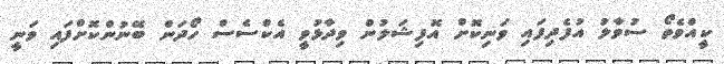
ކީއްވެތޯ ސުވާލު އުފެދިފައި ވަނިކޮށް އޮފިޝަލުން ވިދާޅުވީ އެކްސެސް ހޯދަން ބޭނުންކޮށްފައި ވަނީ